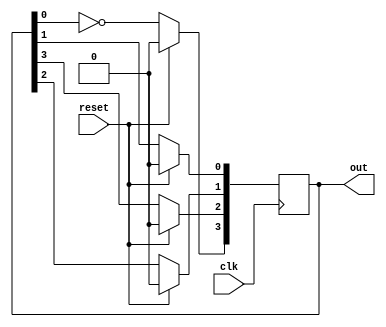
`timescale 1ns / 1ps
//////////////////////////////////////////////////////////////////////////////////
// Company: 
// Engineer: 
// 
// Design Name: 
// Module Name: johnson_counter
// Project Name: 
// Target Devices: 
// Tool Versions: 
// Description: 
// 
// Dependencies: 
// 
// Revision:
// Revision 0.01 - File Created
// Additional Comments:
// 
//////////////////////////////////////////////////////////////////////////////////


module johnson_counter(
input clk,reset,
output reg [3:0]out

    );
    integer i;
    always@(posedge clk)
    begin
    if(reset)
    out<=4'b0000;
    else begin
    out[3]<=~out[0];
    for( i=0;i<3;i=i+1)
    out[i]<=out[i+1];
    end
    end
endmodule